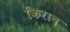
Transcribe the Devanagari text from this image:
किराद